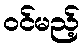
ဝင်မည့်